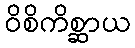
ဝိစိကိစ္ဆာယ